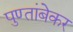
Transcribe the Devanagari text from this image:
पुण्तांबेकर